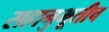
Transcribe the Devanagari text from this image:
सहानुभूतीच